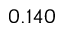
0 . 1 4 0